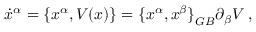
{ \dot { x } } ^ { \alpha } = \{ { x } ^ { \alpha } , V ( x ) \} = { \{ x ^ { \alpha } , x ^ { \beta } \} } _ { G B } \partial _ { \beta } V \; ,